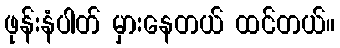
ဖုန်းနံပါတ် မှားနေတယ် ထင်တယ်။